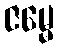
ဇမ္မေ